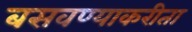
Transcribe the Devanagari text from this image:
बसवण्याकरीता